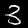
Digit: 3